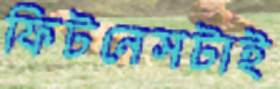
ফিটনেসটাই